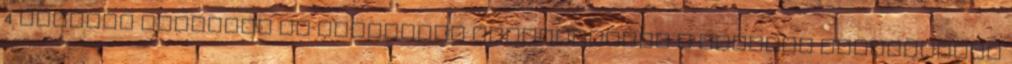
4 Hunyadi Jánosnak és Mátyásnak köszönhetően a törökök évtizedeken